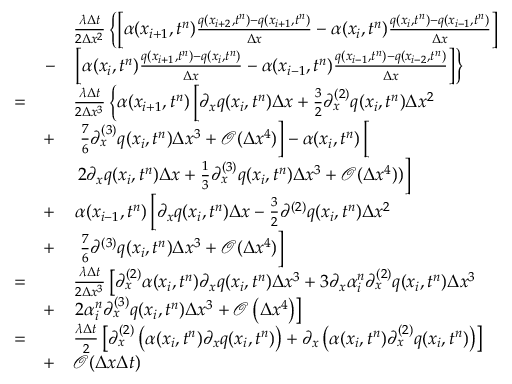
\begin{array} { r l r l } & { } & & { \frac { \lambda \Delta t } { 2 \Delta x ^ { 2 } } \left\lbrace \left[ \alpha ( x _ { { i } + 1 } , t ^ { n } ) \frac { q ( x _ { { i } + 2 } , t ^ { n } ) - q ( x _ { { i } + 1 } , t ^ { n } ) } { \Delta x } - \alpha ( x _ { { i } } , t ^ { n } ) \frac { q ( x _ { { i } } , t ^ { n } ) - q ( x _ { { i } - 1 } , t ^ { n } ) } { \Delta x } \right] \right. } \\ & { } & { - } & { \left. \left[ \alpha ( x _ { { i } } , t ^ { n } ) \frac { q ( x _ { { i } + 1 } , t ^ { n } ) - q ( x _ { { i } } , t ^ { n } ) } { \Delta x } - \alpha ( x _ { { i } - 1 } , t ^ { n } ) \frac { q ( x _ { { i } - 1 } , t ^ { n } ) - q ( x _ { { i } - 2 } , t ^ { n } ) } { \Delta x } \right] \right\rbrace } \\ & { = } & & { \frac { \lambda \Delta t } { 2 \Delta x ^ { 3 } } \left\lbrace \alpha ( x _ { { i } + 1 } , t ^ { n } ) \left[ \partial _ { x } q ( x _ { { i } } , t ^ { n } ) \Delta x + \frac { 3 } { 2 } \partial _ { x } ^ { ( 2 ) } q ( x _ { { i } } , t ^ { n } ) \Delta x ^ { 2 } \right. \right. } \\ & { } & { + } & { \left. \left. \left. \frac { 7 } { 6 } \partial _ { x } ^ { ( 3 ) } q ( x _ { { i } } , t ^ { n } ) \Delta x ^ { 3 } + \mathcal { O } ( \Delta x ^ { 4 } ) \right] - \alpha ( x _ { { i } } , t ^ { n } ) \left[ \phantom { \frac { b } { b } } \! \! \! \right. \right. \right. } \\ & { } & & { \left. \left. 2 \partial _ { x } q ( x _ { { i } } , t ^ { n } ) \Delta x + \frac { 1 } { 3 } \partial _ { x } ^ { ( 3 ) } q ( x _ { { i } } , t ^ { n } ) \Delta x ^ { 3 } + \mathcal { O } ( \Delta x ^ { 4 } ) ) \right] \right. } \\ & { } & { + } & { \left. \alpha ( x _ { { i } - 1 } , t ^ { n } ) \left[ \partial _ { x } q ( x _ { { i } } , t ^ { n } ) \Delta x - \frac { 3 } { 2 } \partial ^ { ( 2 ) } q ( x _ { { i } } , t ^ { n } ) \Delta x ^ { 2 } \right. \right. } \\ & { } & { + } & { \left. \left. \left. \frac { 7 } { 6 } \partial ^ { ( 3 ) } q ( x _ { { i } } , t ^ { n } ) \Delta x ^ { 3 } + \mathcal { O } ( \Delta x ^ { 4 } ) \right] \right. \right. } \\ & { = } & & { \frac { \lambda \Delta t } { 2 \Delta x ^ { 3 } } \left[ \partial _ { x } ^ { ( 2 ) } \alpha ( x _ { { i } } , t ^ { n } ) \partial _ { x } q ( x _ { { i } } , t ^ { n } ) \Delta x ^ { 3 } + 3 \partial _ { x } \alpha _ { i } ^ { n } \partial _ { x } ^ { ( 2 ) } q ( x _ { { i } } , t ^ { n } ) \Delta x ^ { 3 } \right. } \\ & { } & { + } & { \left. 2 \alpha _ { i } ^ { n } \partial _ { x } ^ { ( 3 ) } q ( x _ { { i } } , t ^ { n } ) \Delta x ^ { 3 } + \mathcal { O } \left( \Delta x ^ { 4 } \right) \right] } \\ & { = } & & { \frac { \lambda \Delta t } { 2 } \left[ \partial _ { x } ^ { ( 2 ) } \left( \alpha ( x _ { { i } } , t ^ { n } ) \partial _ { x } q ( x _ { { i } } , t ^ { n } ) \right) + \partial _ { x } \left( \alpha ( x _ { i } , t ^ { n } ) \partial _ { x } ^ { ( 2 ) } q ( x _ { i } , t ^ { n } ) \right) \right] } \\ & { } & { + } & { \mathcal { O } ( \Delta x \Delta t ) } \end{array}